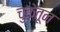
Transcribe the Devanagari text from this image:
चुकेतून